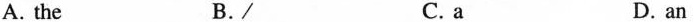
A. the B./ C. a D. an